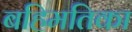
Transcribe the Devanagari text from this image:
बहिमतिका